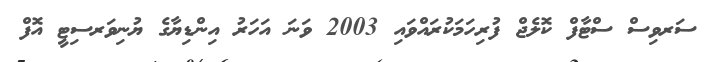
ސަރވިސް ސްޓާފް ކޮލެޖް ފުރިހަމަކުރައްވައި 2003 ވަނަ އަހަރު އިންޑިޔާގެ ޔުނިވަރސިޓީ އޮފް